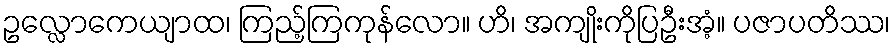
ဥလ္လောကေယျာထ၊ ကြည့်ကြကုန်လော။ ဟိ၊ အကျိုးကိုပြဦးအံ့။ ပဇာပတိဿ၊